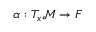
\alpha : T _ { x } { \mathcal { M } } \rightarrow F